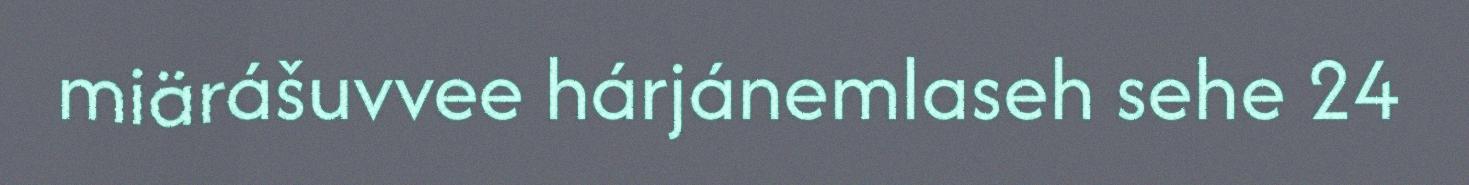
miärášuvvee hárjánemlaseh sehe 24